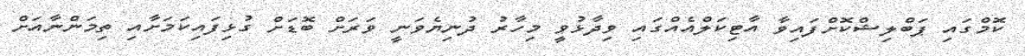
ކޮމްގައި ޕަބްލިޝްކޮށްފައިވާ އާޓިކަލްއެއްގައި ވިދާޅުވީ މިހާރު ދުނިޔެވަނީ ވަރަށް ބޮޑަށް ގުޅިފައިކަމަށާއި ތިމަންނާއަށް